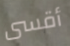
أقسى